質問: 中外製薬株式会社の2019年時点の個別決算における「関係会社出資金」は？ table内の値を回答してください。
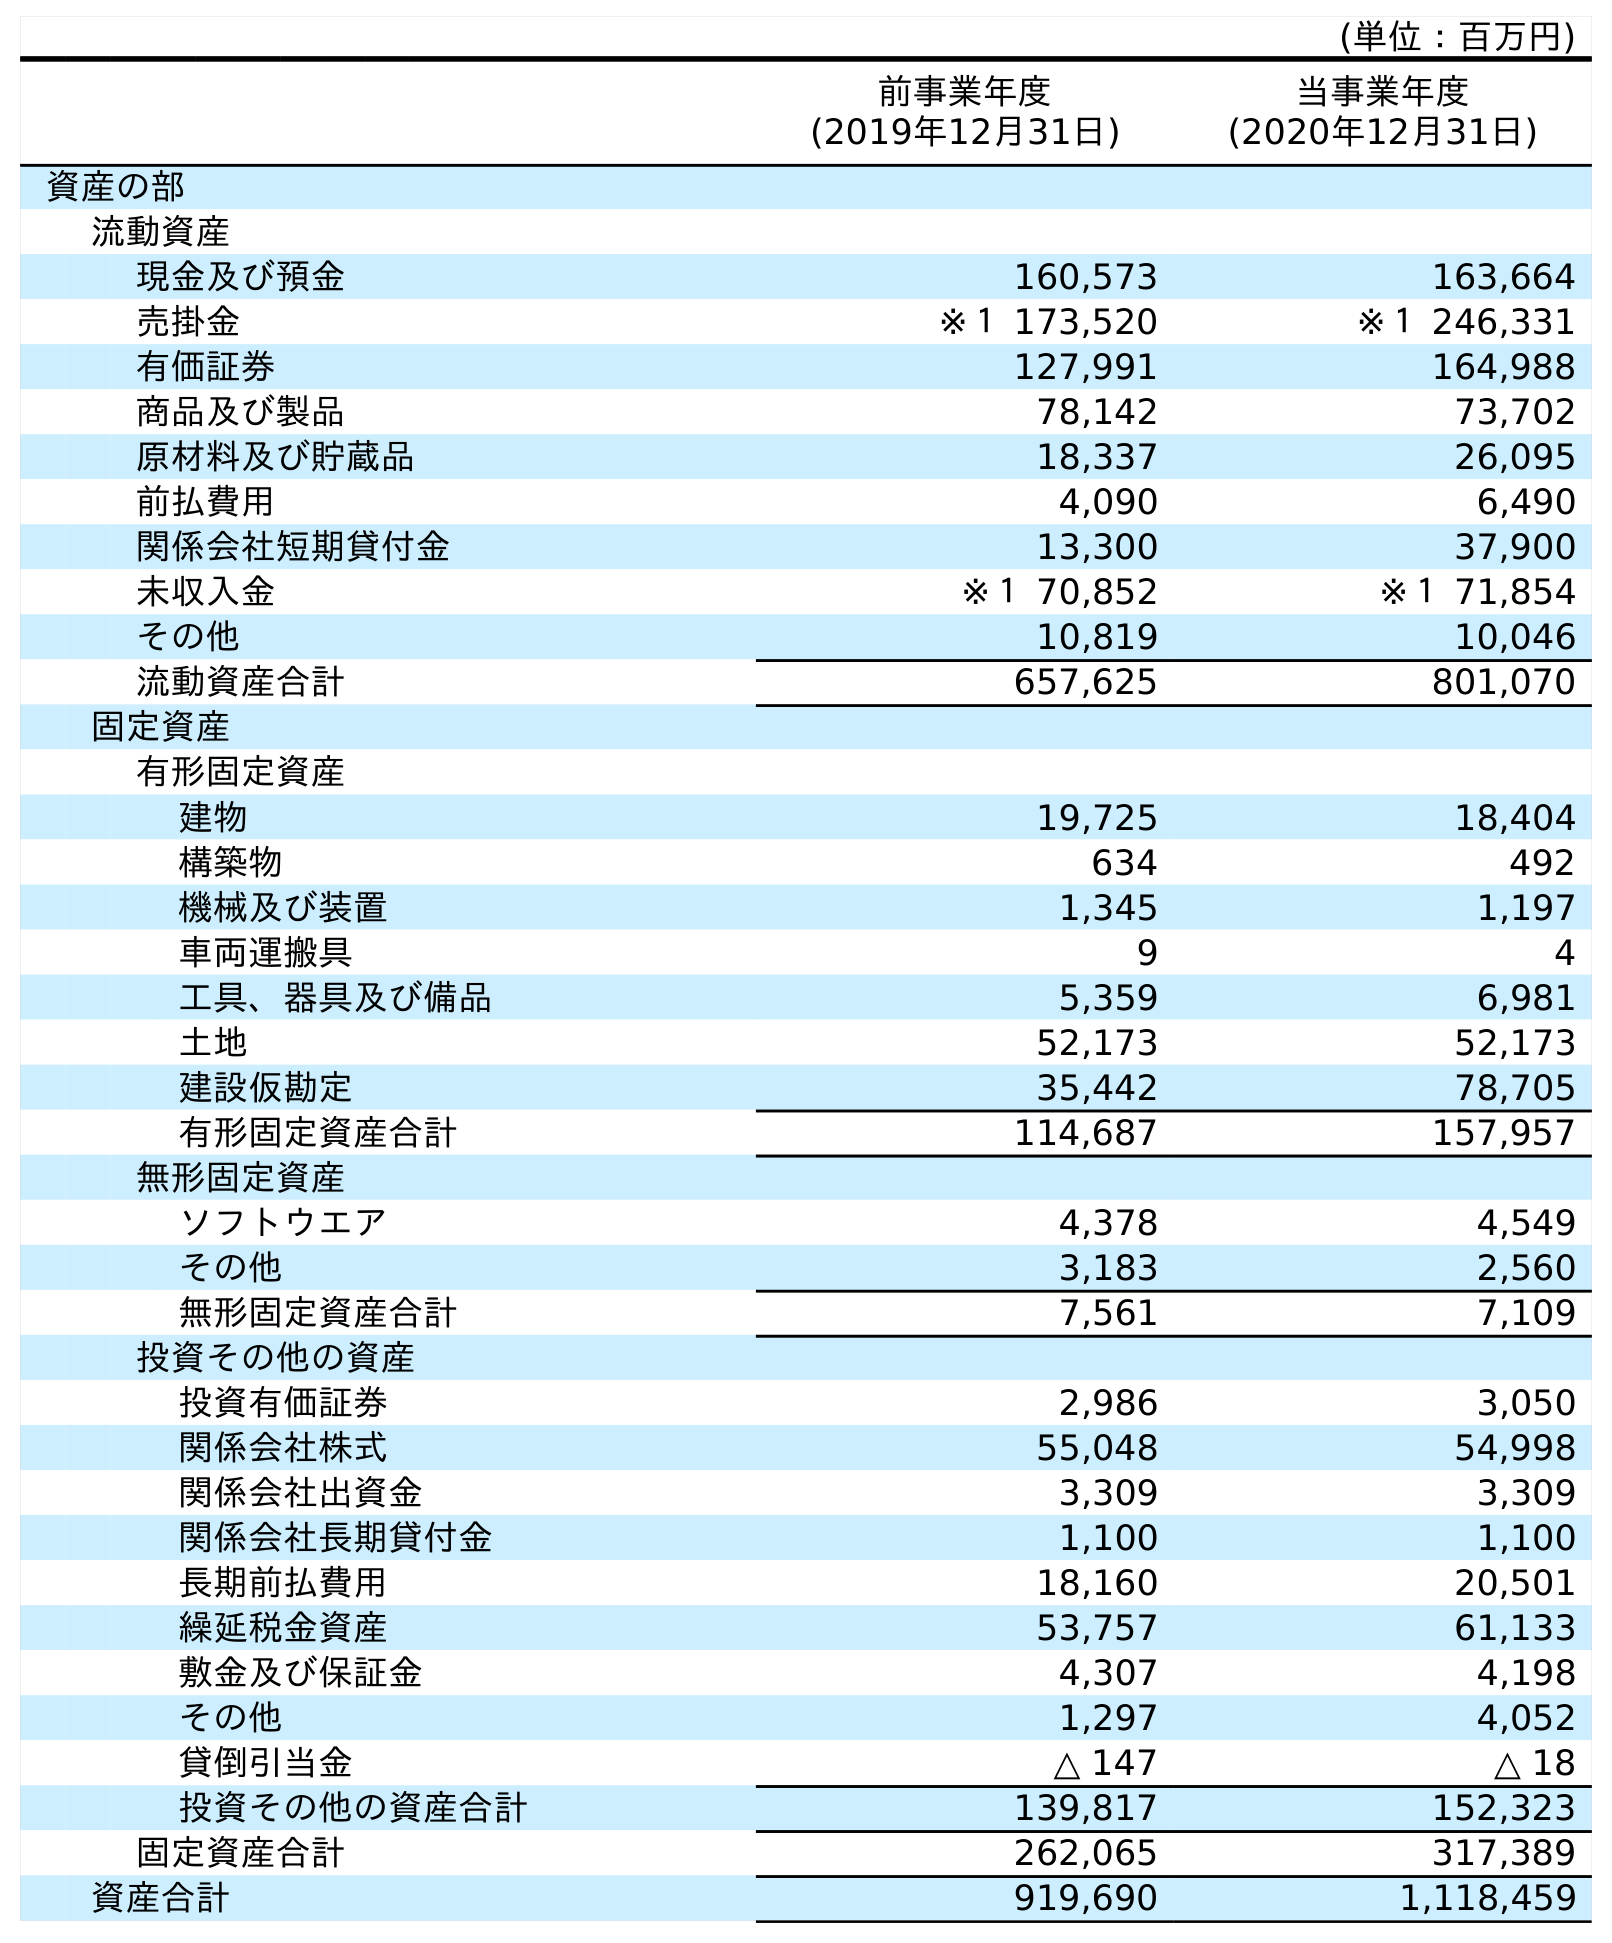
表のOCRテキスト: (単位：百万円) 前事業年度 (2019年12月31日) 当事業年度 (2020年12月31日) 資産の部 流動資産 現金及び預金 160,573 163,664 売掛金 ※１ 173,520 ※１ 246,331 有価証券 127,991 164,988 商品及び製品 78,142 73,702 原材料及び貯蔵品 18,337 26,095 前払費用 4,090 6,490 関係会社短期貸付金 13,300 37,900 未収入金 ※１ 70,852 ※１ 71,854 その他 10,819 10,046 流動資産合計 657,625 801,070 固定資産 有形固定資産 建物 19,725 18,404 構築物 634 492 機械及び装置 1,345 1,197 車両運搬具 9 4 工具、器具及び備品 5,359 6,981 土地 52,173 52,173 建設仮勘定 35,442 78,705 有形固定資産合計 114,687 157,957 無形固定資産 ソフトウエア 4,378 4,549 その他 3,183 2,560 無形固定資産合計 7,561 7,109 投資その他の資産 投資有価証券 2,986 3,050 関係会社株式 55,048 54,998 関係会社出資金 3,309 3,309 関係会社長期貸付金 1,100 1,100 長期前払費用 18,160 20,501 繰延税金資産 53,757 61,133 敷金及び保証金 4,307 4,198 その他 1,297 4,052 貸倒引当金 △ 147 △ 18 投資その他の資産合計 139,817 152,323 固定資産合計 262,065 317,389 資産合計 919,690 1,118,459
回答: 3,309